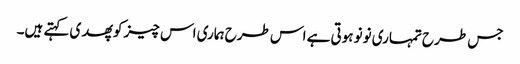
جس طرح تمہاری نونو ہوتی ہے اس طرح ہماری اس چیز کو پھدی کہتے ہیں۔